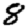
Digit: 8